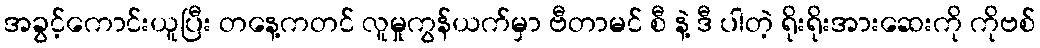
အခွင့်ကောင်းယူပြီး တနေ့ကတင် လူမှုကွန်ယက်မှာ ဗီတာမင် စီ နဲ့ ဒီ ပါတဲ့ ရိုးရိုးအားဆေးကို ကိုဗစ်